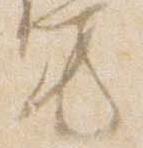
方